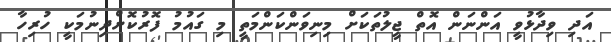
އަދި ވިދާޅުވީ އަންނަން އޮތް ޖީލުތަކަށް މިނިވަންކަންމަތީ މި ގައުމު ފޮރުކޮށްދިނުމަކީ ހުރިހާ